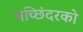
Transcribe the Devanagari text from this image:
मच्छिंदरको